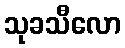
သုခသီလော